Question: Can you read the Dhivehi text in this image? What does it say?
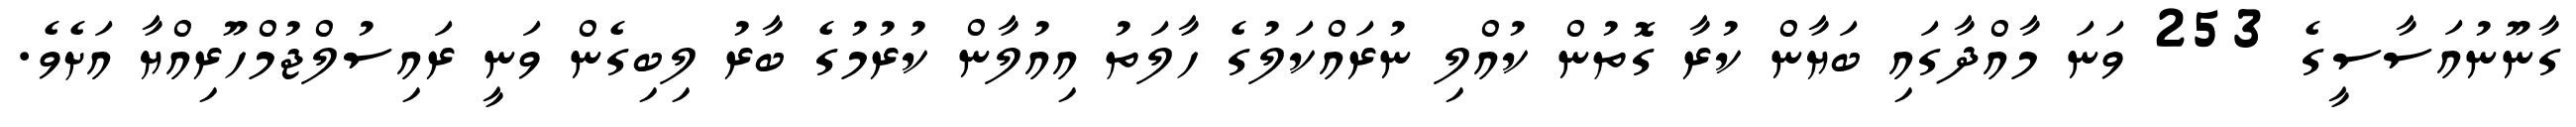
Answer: ގާނޫނުއަސާސީގެ 253 ވަނަ މާއްދާގައި ބަޔާން ކުރާ ގޮތުން ކުއްލި ނުރައްކަލުގެ ހާލަތު އިއުލާން ކުރުމުގެ ބާރު ލިބިގެން ވަނީ ރައިސުލްޖުމްހޫރިއްޔާ އަށެވެ.